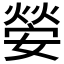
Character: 𡠺